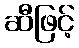
ဆီဖြင့်